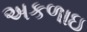
અકળાઇ